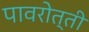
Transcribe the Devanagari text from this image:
पावरोत्ती